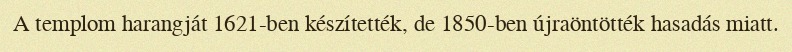
A templom harangját 1621-ben készítették, de 1850-ben újraöntötték hasadás miatt.